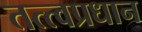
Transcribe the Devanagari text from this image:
तत्त्वप्रधान